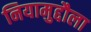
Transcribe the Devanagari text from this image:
नियामुद्दौला